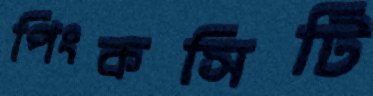
পিংকসিটি